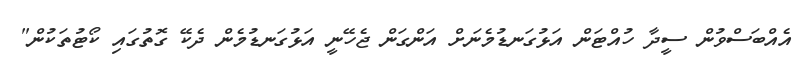
އެއްބަސްވުން ސީދާ ހުއްޓަން އަޅުގަނޑުމެނަށް އަންގަން ޖެހޭނީ އަޅުގަނޑުމެން ދެކޭ ގޮތުގައި ކޯޓުތަކުން"